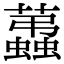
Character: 𧔩